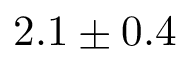
2 . 1 \pm 0 . 4